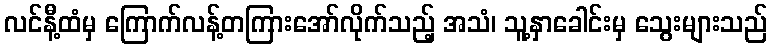
လင်နီ့ထံမှ ကြောက်လန့်တကြားအော်လိုက်သည့် အသံ၊ သူ့နှာခေါင်းမှ သွေးများသည်